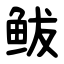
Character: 鲅